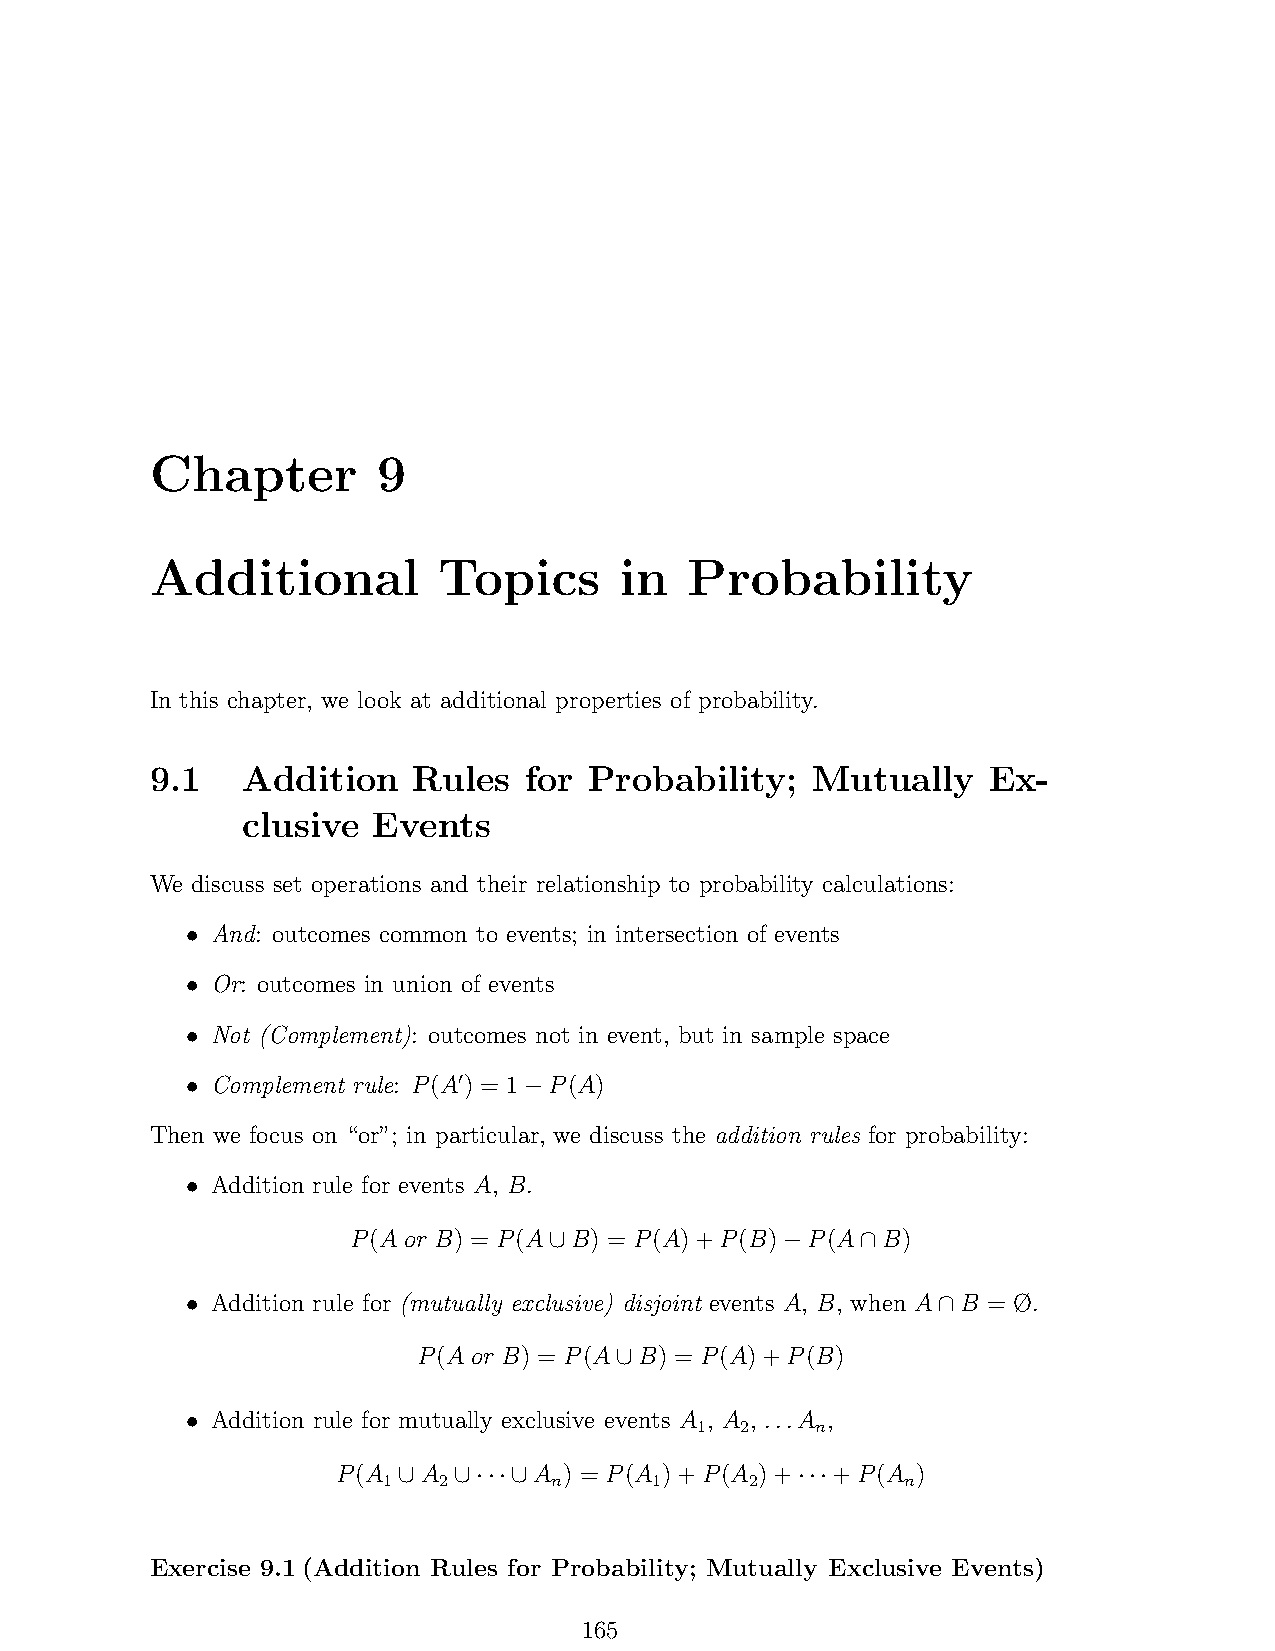
Chapter        9
 Additional         Topics      in   Probability
 In this chapter, we look at additional properties of probability.
 9.1   Addition   Rules   for Probability;   Mutually   Ex-
 clusive  Events
 We discuss set operations and their relationship to probability calculations:
 ∙ And: outcomes common to events; in intersection of events
 ∙ Or: outcomes in union of events
 ∙ Not (Complement): outcomes not in event, but in sample space
 ′
 ∙ Complement rule: 𝑃(𝐴) = 1−𝑃(𝐴)
 Then we focus on “or”; in particular, we discuss the addition rules for probability:
 ∙ Addition rule for events 𝐴, 𝐵.
 𝑃(𝐴 𝑜𝑟 𝐵) = 𝑃(𝐴∪𝐵) = 𝑃(𝐴)+𝑃(𝐵)−𝑃(𝐴∩𝐵)
 ∙ Addition rule for (mutually exclusive) disjoint events 𝐴, 𝐵, when 𝐴∩𝐵 = Ø.
 𝑃(𝐴 𝑜𝑟 𝐵) = 𝑃(𝐴∪𝐵) = 𝑃(𝐴)+𝑃(𝐵)
 ∙ Addition rule for mutually exclusive events 𝐴 1, 𝐴 2, ...𝐴𝑛,
 𝑃(𝐴
 1
 ∪𝐴
 2
 ∪⋅⋅⋅∪𝐴𝑛) = 𝑃(𝐴 1)+𝑃(𝐴 2)+⋅⋅⋅+𝑃(𝐴𝑛)
 Exercise 9.1(Addition Rules for Probability; Mutually Exclusive Events)
 165